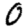
Digit: 0